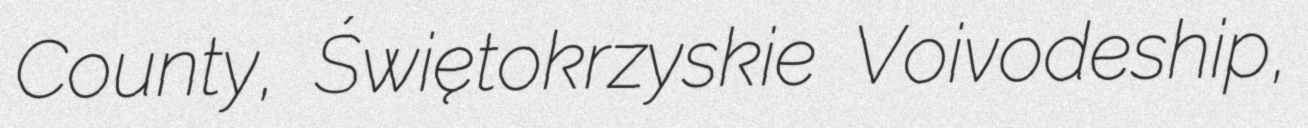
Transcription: County, Świętokrzyskie Voivodeship,